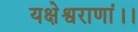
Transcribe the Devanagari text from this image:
यक्षेश्वराणां।।